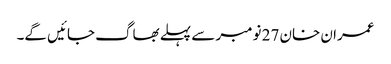
عمران خان 27 نومبر سے پہلے بھاگ جائیں گے۔